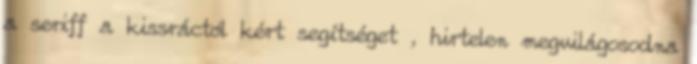
a seriff a kissráctól kért segítséget , hirtelen megvilágosodna